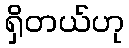
ရှိတယ်ဟု